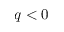
q < 0